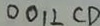
0 0 1 \bot C D